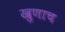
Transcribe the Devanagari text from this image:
खुणाच